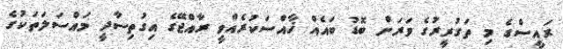
ރައީސްގެ މި ތަގުރީރުގެ ވަރަށް ބޮޑު ބައެއް ޚާއްސަކުރެއްވީ ރާއްޖޭގެ އިގުތިސާދީ މައްސަލަތަކުގެ